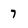
Character: 7